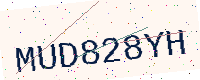
Text: MUD828YH